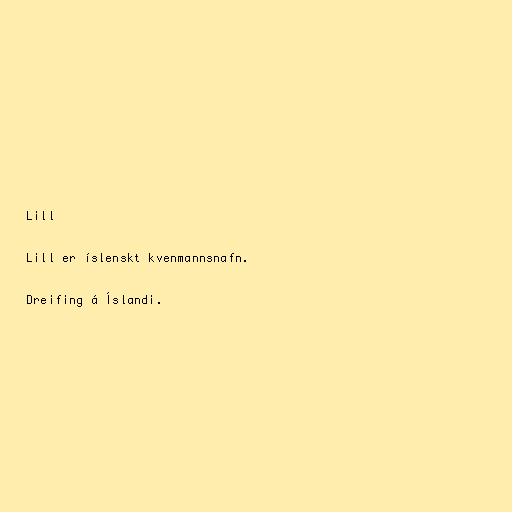
Lill

Lill er íslenskt kvenmannsnafn.

Dreifing á Íslandi.